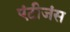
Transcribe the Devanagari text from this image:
एंटीजंस